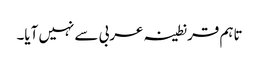
تاہم قرنطینہ عربی سے نہیں آیا۔